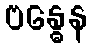
ဗန္ဓေန